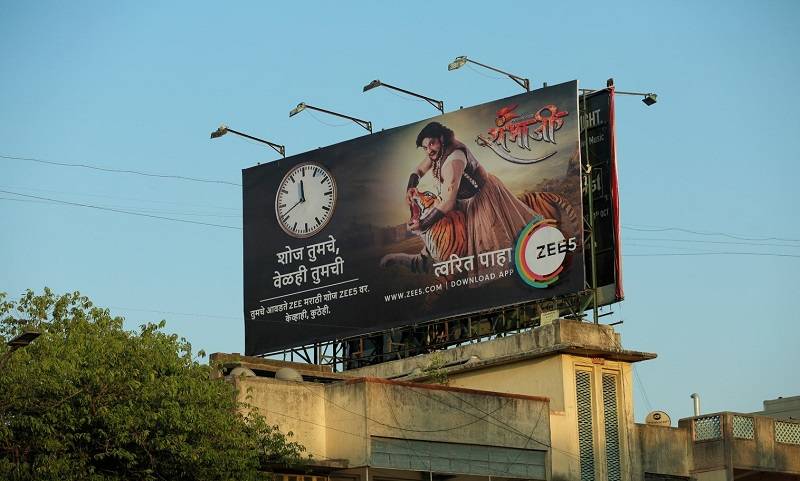
Language: marathi
Transcription: शोज संभाजी तुमची त्वरित पाहा वेळही